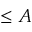
\le A